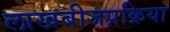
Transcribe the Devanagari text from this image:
लाखबीजप्रक्रिया